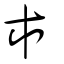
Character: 市